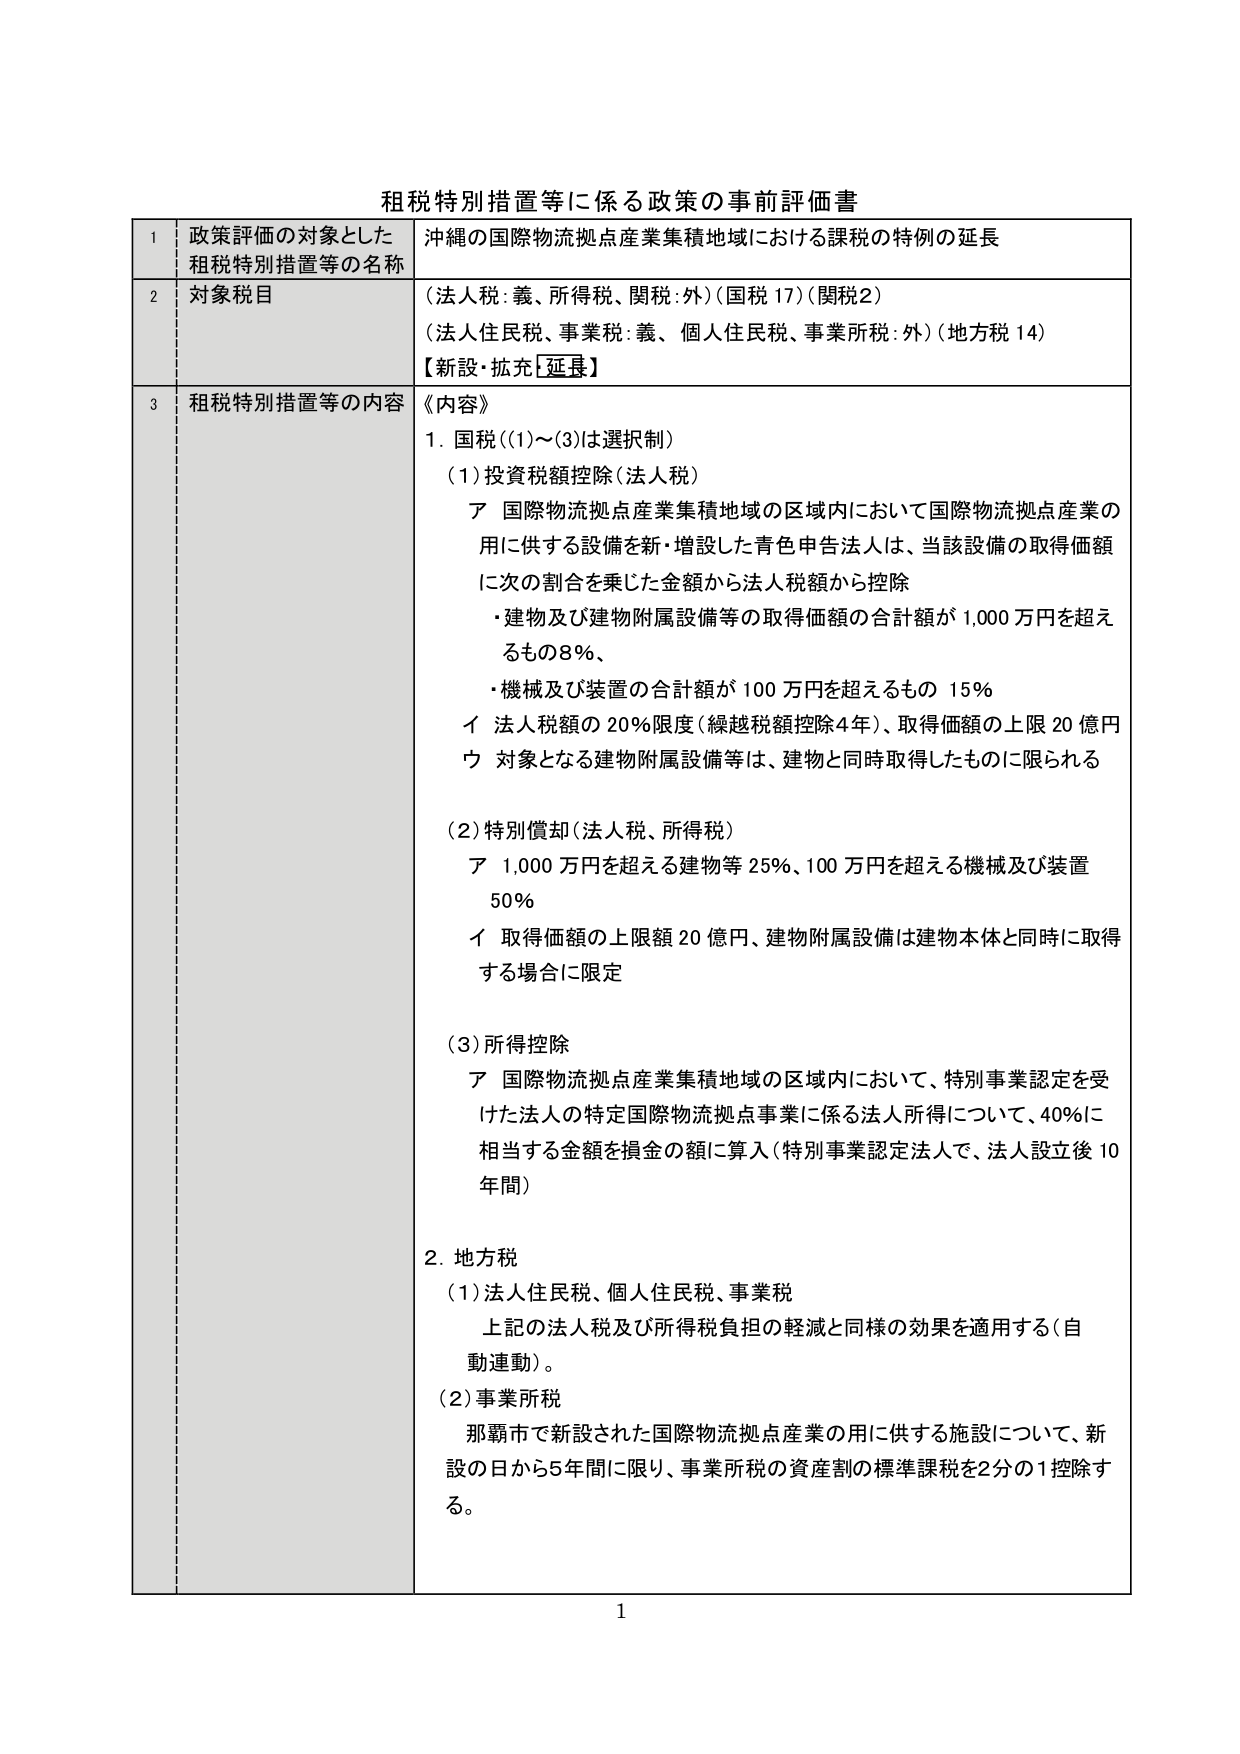
租税特別措置等に係る政策の事前評価書

1 政策評価の対象とした租税特別措置等の名称 沖縄の国際物流拠点産業集積地域における課税の特例の延長

2 対象税目 （法人税：義、所得税、関税：外）（国税 17）（関税2） （法人住民税、事業税：義、個人住民税、事業所税：外）（地方税 14） 【新設・拡充［延長］】

3 租税特別措置等の内容 《内容》 1．国税（（1）～（3）は選択制） （1）投資税額控除（法人税） ア 国際物流拠点産業集積地域の区域内において国際物流拠点産業の用に供する設備を新・増設した青色申告法人は、当該設備の取得価額に次の割合を乗じた金額から法人税額から控除 ・建物及び建物附属設備等の取得価額の合計額が 1,000 万円を超えるもの8％、 ・機械及び装置の合計額が 100 万円を超えるもの 15％ イ 法人税額の 20％限度（繰越税額控除4年）、取得価額の上限 20 億円 ウ 対象となる建物附属設備等は、建物と同時取得したものに限られる （2）特別償却（法人税、所得税） ア 1,000 万円を超える建物等 25％、100 万円を超える機械及び装置 50％ イ 取得価額の上限額 20 億円、建物附属設備は建物本体と同時に取得する場合に限定 （3）所得控除 ア 国際物流拠点産業集積地域の区域内において、特別事業認定を受けた法人の特定国際物流拠点事業に係る法人所得について、40％に相当する金額を損金の額に算入（特別事業認定法人で、法人設立後 10 年間） 2．地方税 （1）法人住民税、個人住民税、事業税 上記の法人税及び所得税負担の軽減と同様の効果を適用する（自動連動）。 （2）事業所税 那覇市で新設された国際物流拠点産業の用に供する施設について、新設の日から5年間に限り、事業所税の資産割の標準課税を2分の1控除する。

1